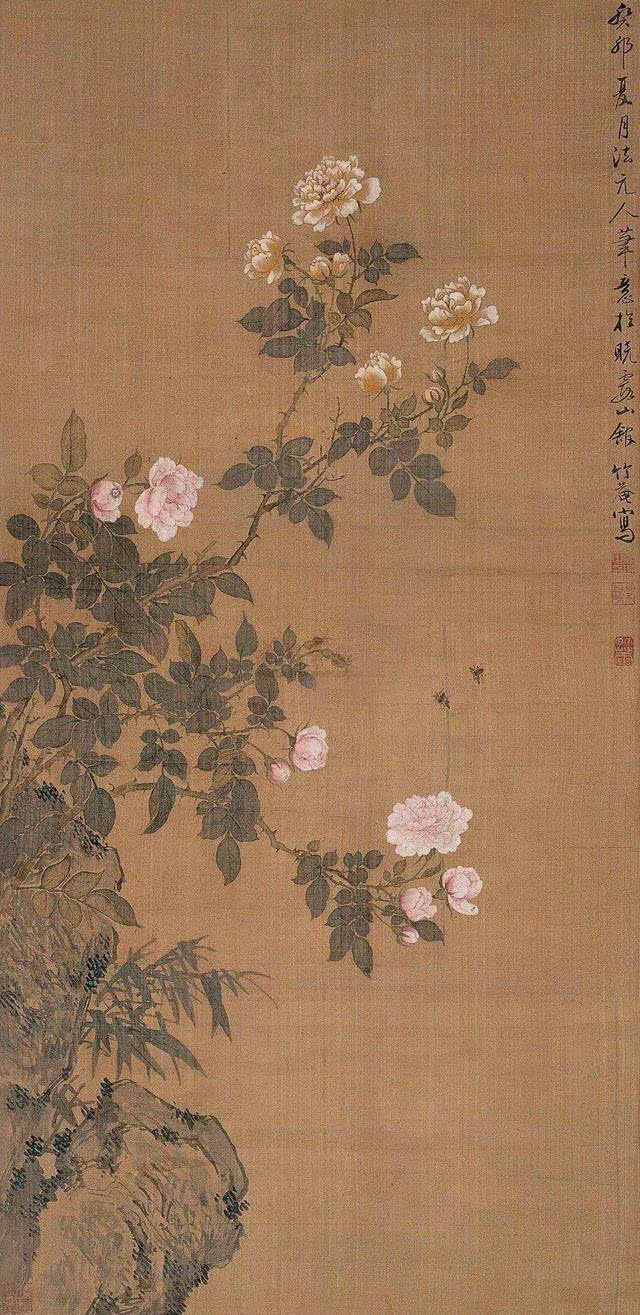
水晶帘动微风起，满架蔷薇一院香。